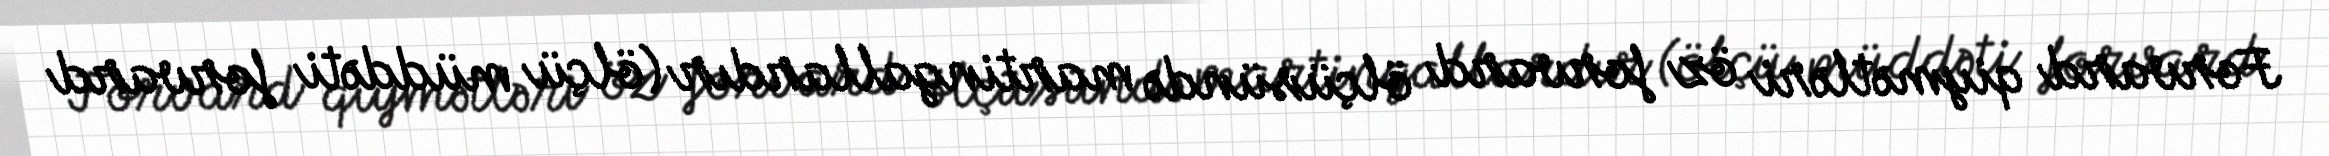
Forvard qiymətləri öz forvard ölçüsündə martingallardır (ölçü müddəti forvard